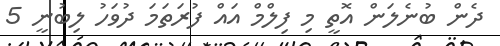
ދެން ބުނެލަން އޮތީ މި ފިލްމް އައް ފުރަތަމަ ދުވަހު ލިބުނީ 5